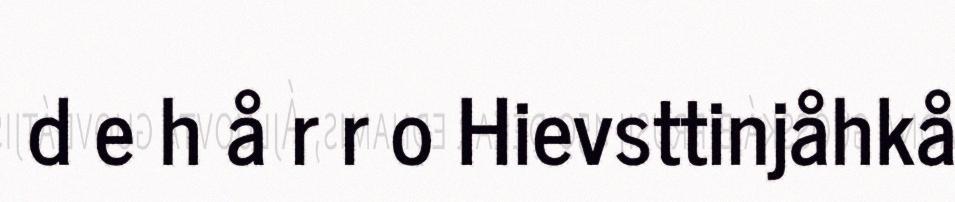
d e h å r r o Hievsttinjåhkå